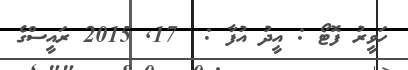
ހަވީރު ފޮޓޯ : އީދު އުފާ :  17